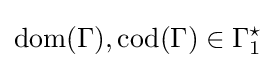
{\text{dom}}(\Gamma ),{\text{cod}}(\Gamma )\in \Gamma _{1}^{\star }